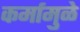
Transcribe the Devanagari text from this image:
कर्मामुळे